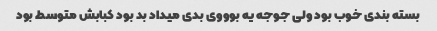
بسته بندی خوب بود ولی جوجه یه بوووی بدی میداد بد بود کبابش متوسط بود